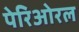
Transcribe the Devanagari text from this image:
पेरिओरल